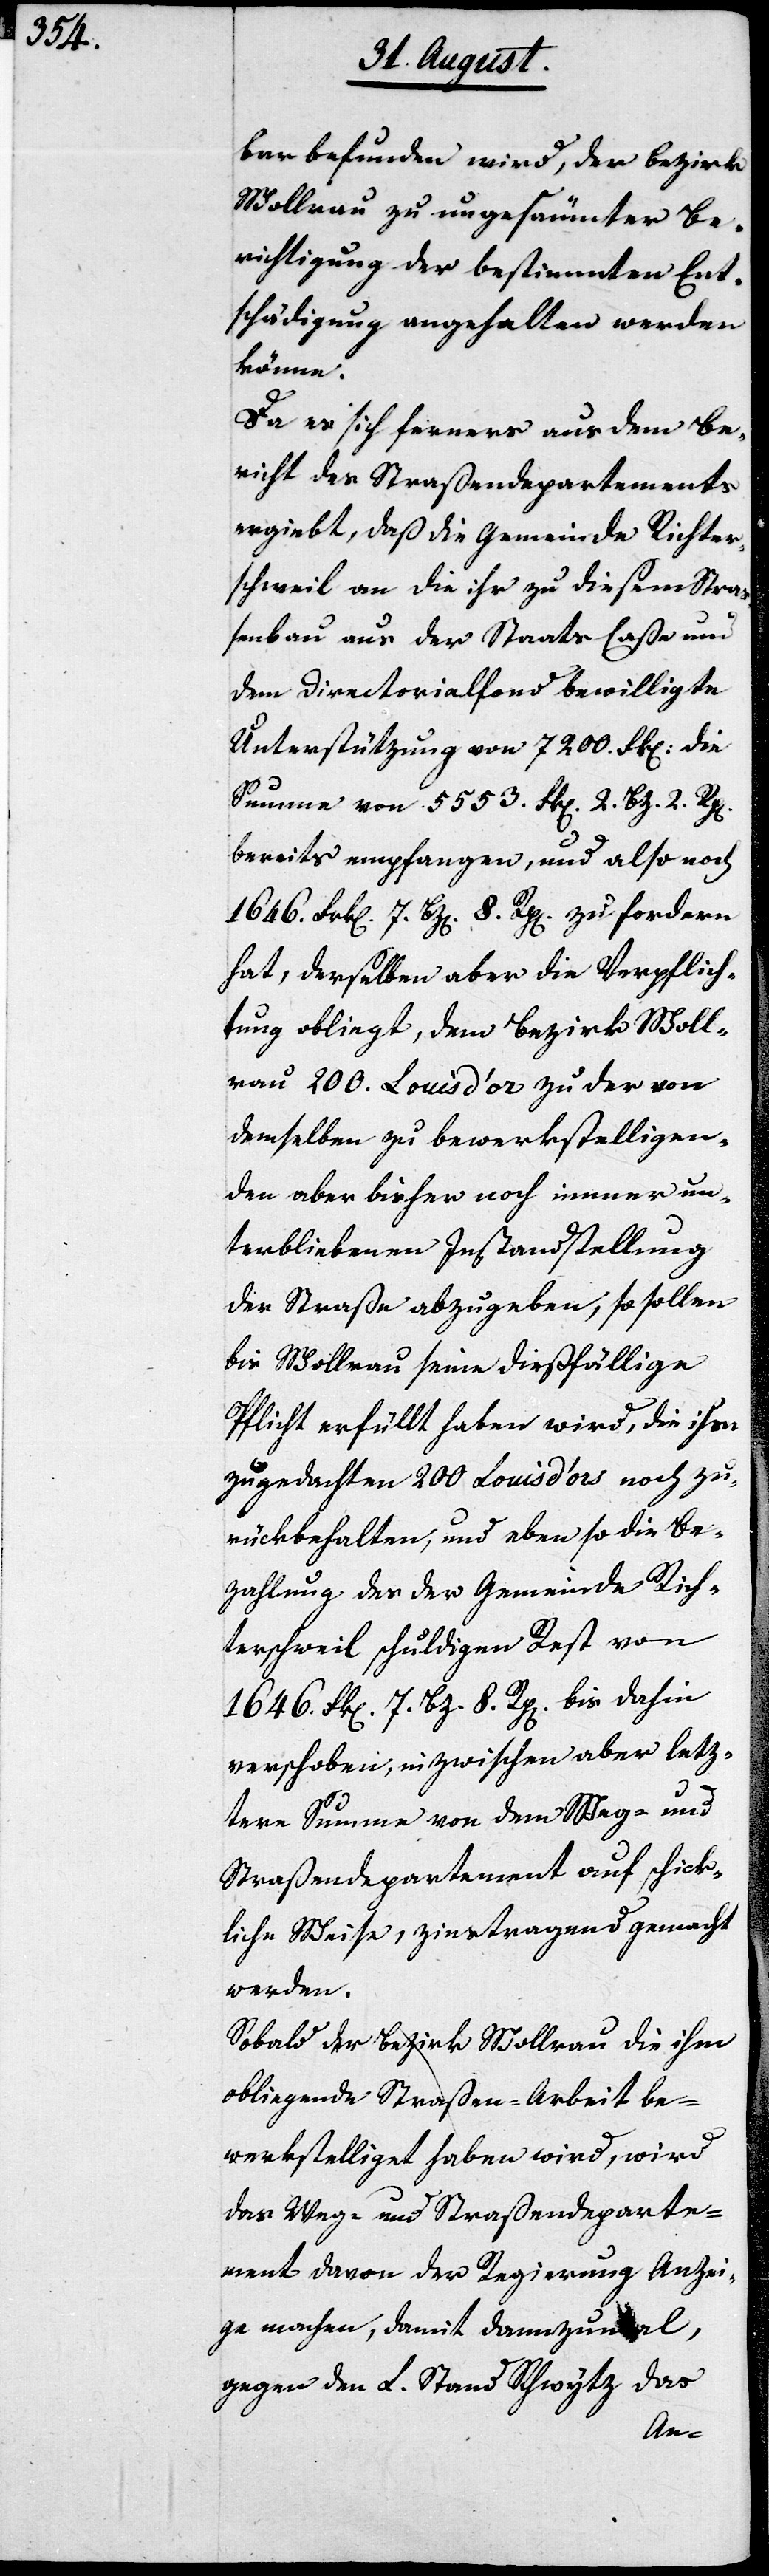
bar befunden wird, der Bezirk
Wollerau zu ungesäumter Be¬
richtigung der bestimmten Ent¬
schädigung angehalten werden
könne.
Da es sich ferner aus dem Be¬
richt des Straßendepartements
ergiebt, daß die Gemeinde Richter¬
schweil an die ihr zu diesem Straß¬
enbau aus der Staats-Caßa und
dem Directorialfond bewilligte
Unterstützung von 7200. Frk. die
Summe von 5553. Frk. 2. Bz., 2. Rp.
bereits empfangen, und also noch
1646. Frk. 7. Bz. 8. Rp. zu fordern
hat, derselben aber die Verpflich¬
tung obliegt, dem Bezirk Wolle¬
rau 200 Louis d’Or zu der von
demselben zu bewerkstelligen¬
den aber bisher noch immer un¬
terbliebenen Instandstellung
der Straße abzugeben, so sollen
bis Wollerau seine dießfällige
Pflicht erfüllt haben wird, die ihm
zugedachten 200 Louis d’Or noch zu¬
rückbehalten, und eben so die Be¬
zahlung des der Gemeinde Rich¬
terschweil schuldigen Rest von
1646. Frk. 7. Bz. 8. Rp. bis dahin
verschoben, inzwischen aber letz¬
tere Summe von dem Weg- und
Straßendepartement auf schick¬
liche Weise, zinstragend gemacht
werden.
Sobald der Bezirk Wollerau die ihm
obliegende Straßen-Arbeit be¬
werkstelliget haben wird, wird
das Weg- und Straßendeparte¬
ment davon der Regierung Anzei¬
ge machen, damit dannzumal,
gegen den L. Stand Schwytz das